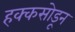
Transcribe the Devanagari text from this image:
हक्कसोडून